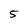
Character: 5